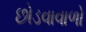
છોડવાવાળો